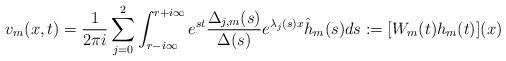
LaTeX: \begin{align*}v_m(x,t)=\frac{1}{2\pi i}\sum_{j=0}^{2}\int_{r-i\infty}^{r+i\infty}e^{st}\frac{\Delta_{j,m}(s)}{\Delta(s)}e^{\lambda_j(s)x}\hat{h}_m(s)ds:=[W_{m}(t)h_m(t)](x)\end{align*}